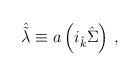
LaTeX: \begin{align*}\hat{\tilde{\lambda}}\equiv a\left(i_{\hat{k}}\hat{\Sigma}\right)\, ,\end{align*}